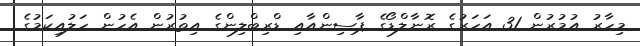
މިހާރު އުމުރުން 31 އަހަރުގެ ރޮނާލްޑޯގެ ޕާސިންއާއި ޑްރިބްލިންގެ އިތުރުން އެހުން ހަލުއިކަމުގެ